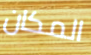
المكان